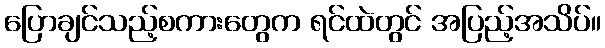
ပြောချင်သည့်စကားတွေက ရင်ထဲတွင် အပြည့်အသိပ်။